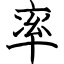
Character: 率